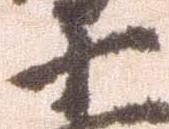
十